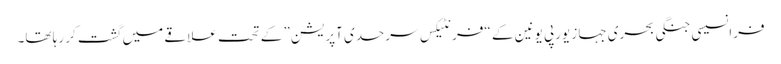
فرانسیسی جنگی بحری جہاز یورپی یونین کے “فرنٹیکس سرحدی آپریشن” کے تحت علاقے میں گشت کر رہا تھا۔